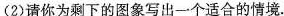
(2)请你为剩下的图象写出一个适合的情境.